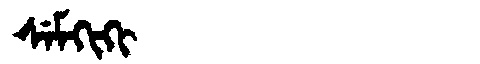
Manchu: ᠰᡝᠮᡴᡳᡴᡳ
Romanization: SEMKIKI